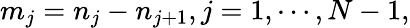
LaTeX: m_{j}=n_{j}-n_{j+1},j=1,\cdots,N-1,